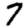
Digit: 7